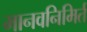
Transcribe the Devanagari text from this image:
मानवनिमिर्त